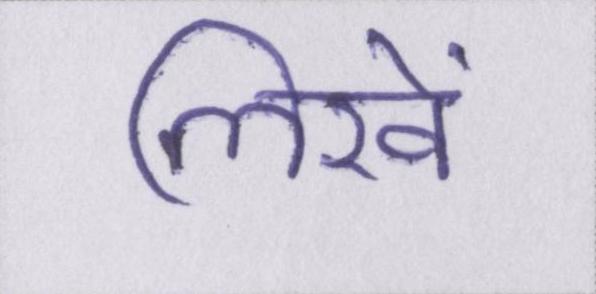
लिखें